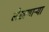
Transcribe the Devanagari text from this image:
लेखणाऱ्या